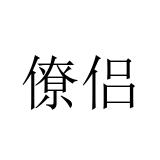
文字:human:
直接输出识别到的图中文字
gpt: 僚侣